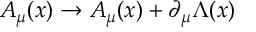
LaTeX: A _ { \mu } ( x ) \to A _ { \mu } ( x ) + \partial _ { \mu } \Lambda ( x )